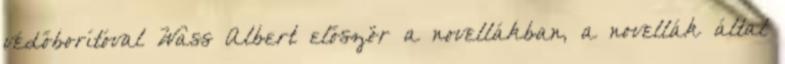
védőborítóval Wass Albert először a novellákban, a novellák által